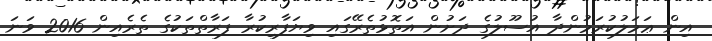
އިން ޢަމަލުކުރަމުންދާ އުސޫލުގެ ދަށުން އަތޮޅުތެރޭގައި ވިޔަފާރިކުރާ ފަރާތްތަކުގެ ތެރެއިން 2016 ވަނަ